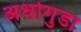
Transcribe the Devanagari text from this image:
अधोगुडा